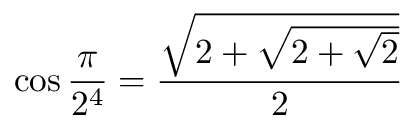
\cos { \frac { \pi } { 2 ^ { 4 } } } = { \frac { \sqrt { 2 + { \sqrt { 2 + { \sqrt { 2 } } } } } } { 2 } }